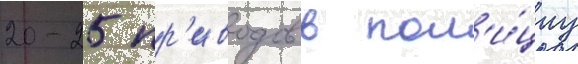
20-25 пр'иводов в пол'и́циу